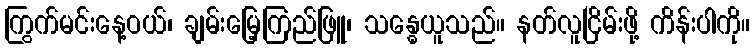
ကြွက်မင်းနေ့ဝယ်၊ ချမ်းမြေ့ကြည်ဖြူ၊ သန္ဓေယူသည်။ နတ်လူငြိမ်းဖို့ ကိန်းပါကို။